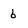
Character: 6